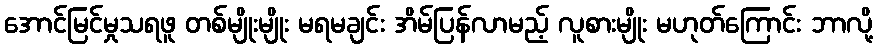
အောင်မြင်မှုသရဖူ တစ်မျိုးမျိုး မရမချင်း အိမ်ပြန်လာမည့် လူစားမျိုး မဟုတ်ကြောင်း ဘာလို့